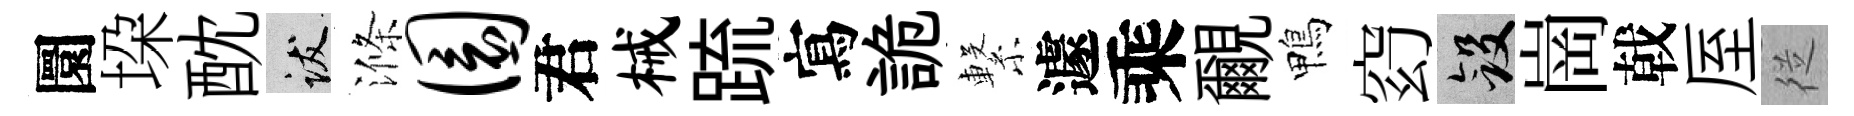
圜垜酖跋滌圜君械䟽寫詭繋遽乘覼鴨𥥆斂崗戟厔従